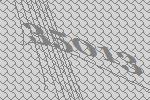
35013